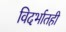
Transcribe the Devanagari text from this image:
विदर्भातही